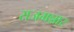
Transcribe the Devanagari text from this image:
राजमन्नार